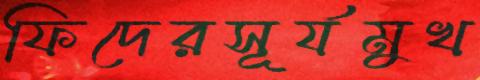
ফিদেরসূর্যমুখ